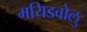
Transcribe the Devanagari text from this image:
मयिडवोलु